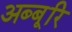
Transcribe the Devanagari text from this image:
अब्बूरि